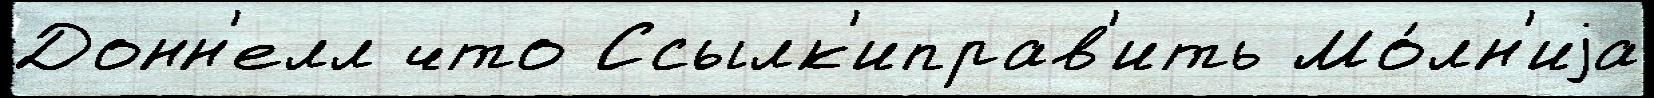
Донн'елл что Ссылк'иправ'ить Мо́лн'иjа